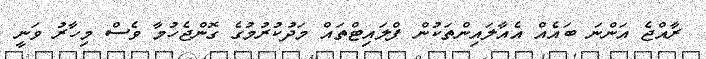
ރާއްޖެ އަންނަ ބައެއް އެއާލައިންތަކުން ފްލައިޓްތައް މަދުކުރުމުގެ ގޮންޖެހުމާ ވެސް މިހާރު ވަނީ